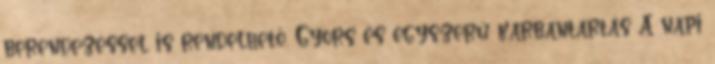
berendezéssel is rendelhető. Gyors és egyszerű karbantartás A napi